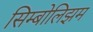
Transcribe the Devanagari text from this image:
सिम्बोलिझम